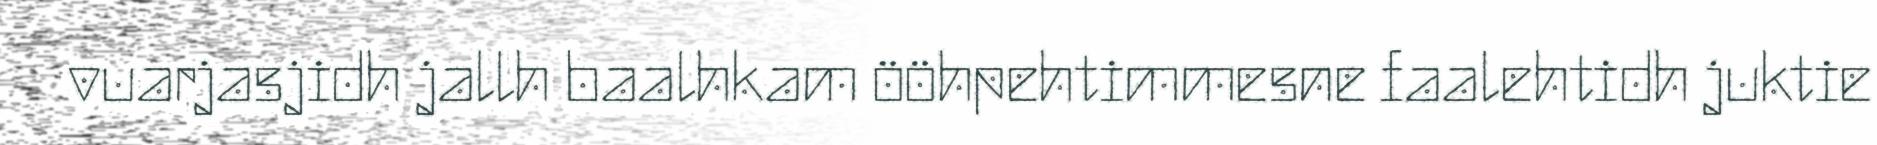
vuarjasjidh jallh baalhkam ööhpehtimmesne faalehtidh juktie